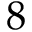
8